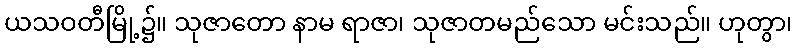
ယသဝတီမြို့၌။ သုဇာတော နာမ ရာဇာ၊ သုဇာတမည်သော မင်းသည်။ ဟုတွာ၊